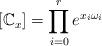
LaTeX: \begin{align*}[\mathbb C_x] = \prod_{i=0}^r e^{x_i \omega_i}\end{align*}